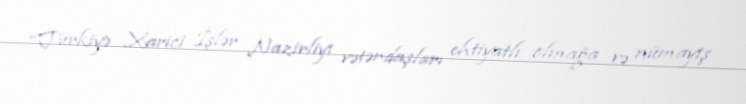
“Türkiyə Xarici İşlər Nazirliyi vətəndaşları ehtiyatlı olmağa və nümayiş